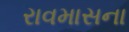
રાવમાસના